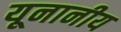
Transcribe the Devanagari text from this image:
यूनानीय